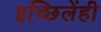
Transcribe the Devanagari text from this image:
इच्छिलेंही